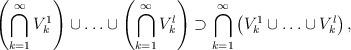
LaTeX: \begin{align*}\left( \bigcap_{k=1}^{\infty} V^1_{k} \right) \cup \ldots \cup \left(\bigcap_{k=1}^{\infty} V^l_{k}\right)\supset \bigcap_{k=1}^{\infty} \left( V^1_{k} \cup \ldots \cup V^l_{k}\right),\end{align*}